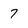
Character: 7